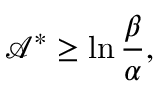
\mathcal { A } ^ { \ast } \geq \ln \frac { \beta } { \alpha } ,